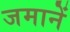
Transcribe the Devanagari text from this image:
जमानें